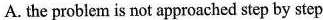
A. the problem is not approached step by step